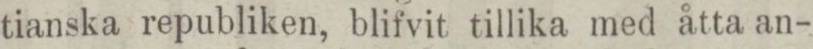
tianska republiken, blifvit tillika med åtta an-